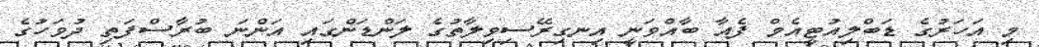
މި އަހަރުގެ ޑަބްލިއުޓީއެމް ފެއާ ބާއްވަނީ އިނގިރޭސިވިލާތުގެ ލަންޑަންގައި އަންނަ ބުރާސްފަތި ދުވަހުގެ